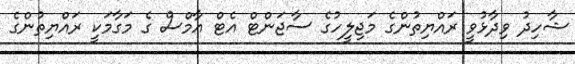
ޝާހިދު ވިދާޅުވީ ރައްޔިތުންގެ މަޖިލީހުގެ ސާޖަންޓް އެޓް އާމްސް ގެ މަގާމަކީ ރައްޔިތުންގެ